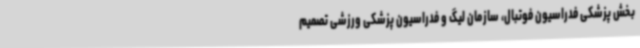
بخش پزشکی فدراسیون فوتبال، سازمان لیگ و فدراسیون پزشکی ورزشی تصمیم